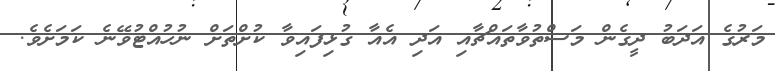
މަރުގެ އަދަބު ދީގެން މަސްތުވާތައްޗާއި އަދި އެއާ ގުޅިފައިވާ ކުށްތަށް ނުހުއްޓުވޭނެ ކަމަށެވެ.